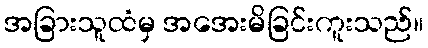
အခြားသူထံမှ အအေးမိခြင်းကူးသည်။